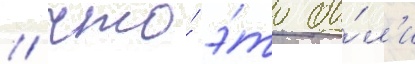
/ что́ э́то бы́л'и